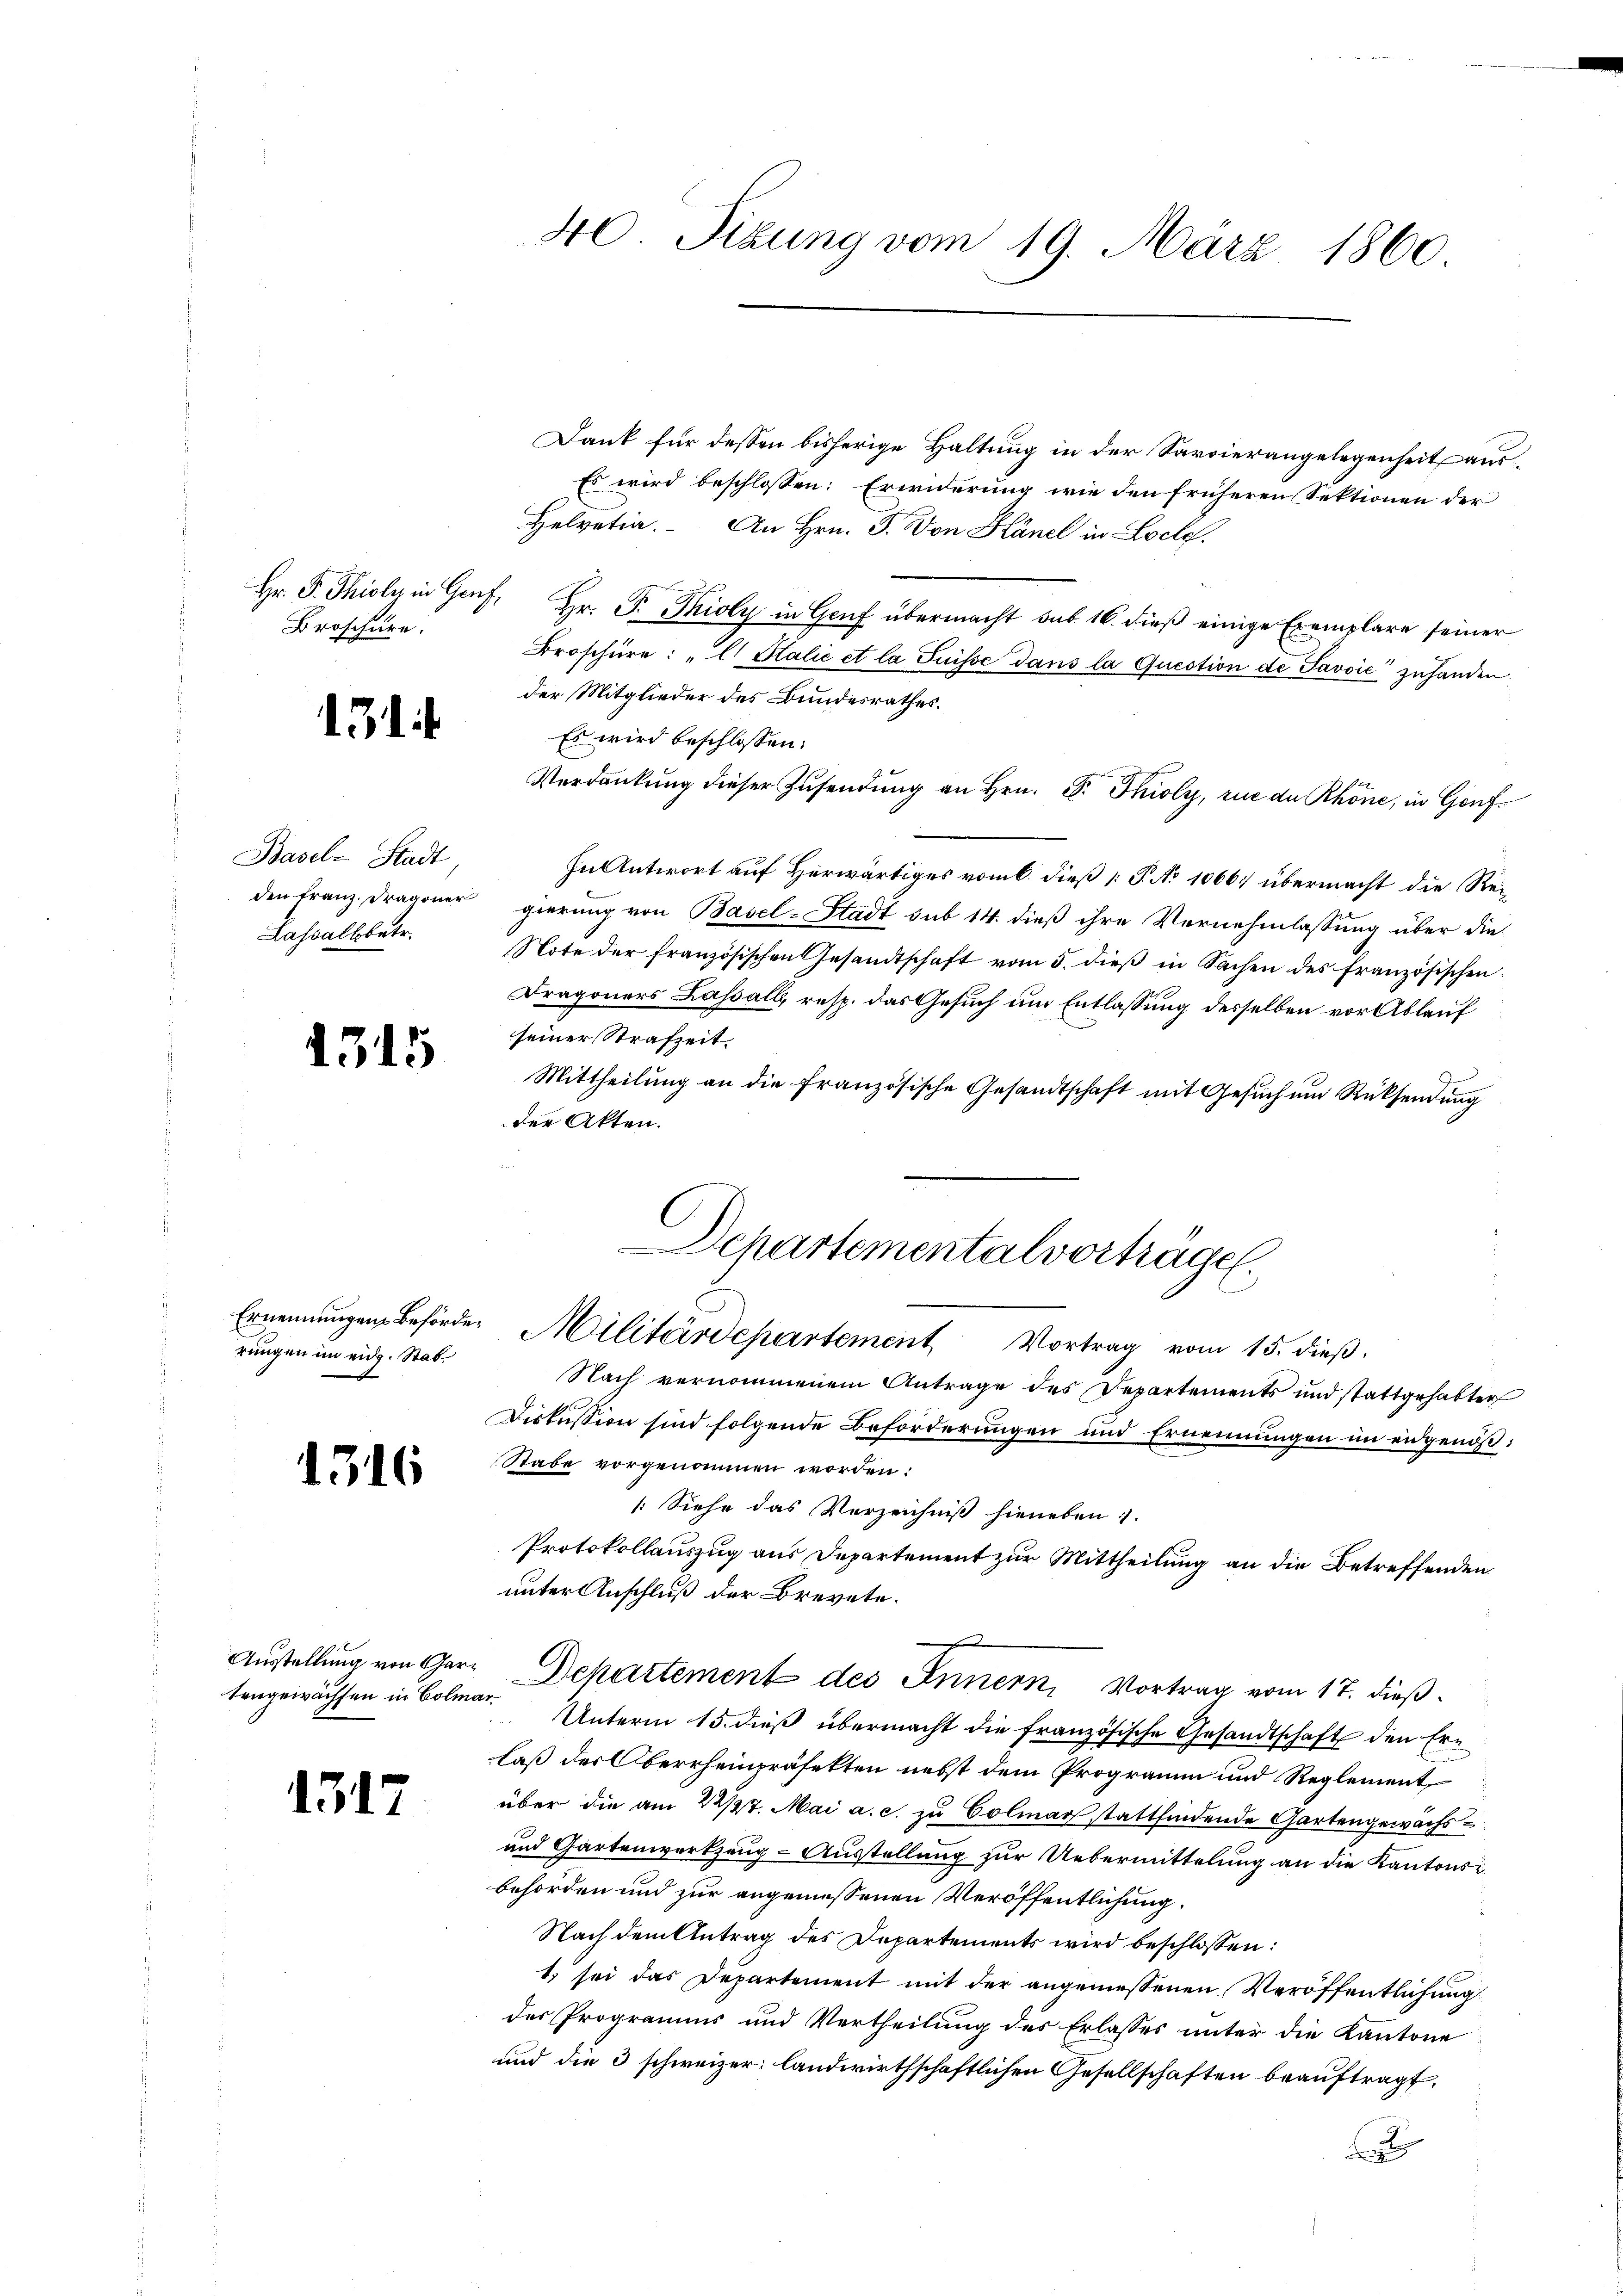
Broschüre.

131

Basel-Stadt
Lassallbetr.

1315

rungen im eidg. Stat¬

1316

Ausstellung von Gartengewächsen in Colma

1317

40 Sizung vom 19. März 1860

Dank für dessen bisherige Haltung in der Sarvierangelegenheit aus¬
Es wird beschlossen: Erwiderung wie den früheren Sektionen der
Helvetia. An Hrn. F. Von Hänel in Loch.
Hr. P. Thioly in Genf, Hr. P. Tkioly in Genf übermacht sub 16. dieß einige Exemplare seiner
Broschüre: "E. Stalie et la Puisse dans la Question de Javvić zuhanden
der Mitglieder des Bundesrathes.
Es wird beschlossen:
Verdankung dieser Zusendung an Hrn. P. Thioly, rue de Rhöne, in Genf¬
In Antwort auf Herwärtiges vom 6. dieß [P. No 1066 übermacht die Reiden franz. Dragoner gierung von Basel-Stadt sub 14. dieß ihre Vernehmlassung über die
Note der französischen Gesandtschaft vom 5. dieß in Sachen des französischen
Dragoners Lassall, resp. das Gesuch um Entlassung desselben vor Ablauf
seiner Strafzeit.
Mittheilŭng an die französische Gesandtschaft mit Gesŭch ŭm Rücksendŭng
der Akten.
Nach vernommenem Antrage des Departements und stattgehabter
Diskussion sind folgende Beförderungen und Ernennungen im eidgenöß¬
Stabe vorgenommen worden:
[Siehe das Verzeichniß hieneben.
Protokollauszug aus Departement zur Mittheilung an die Betreffenden
unter Anschluß der Brevete.
Departement des Innern, Vortrag vom 17. dießer. Unterm 15. dieß übermacht die französische Gesandtschaft den Erlaß der Oberrheinpräfekten nebst dem Programm und Reglement
über die am 22/27. Mai a. c. zu Colmar stattfindende Gartengewächs¬
und Gartenwerkzeug-Ausstellung zur Uebermittelung an die Kantonsbehörden und zur angemessenen Veröffentlichung,
Nach dem Antrag des Departements wird beschlossen:
1. sei das Departement mit der angeniessenen Veröffentlichung
des Programms und Vertheilung des Erlasses unter die Kantone
und die 3 schweizer landwirthschaftlichen Gesellschaften beauftragt.
t

Departementalvorträge.
Ernennungen Behörde. Militärdepartement Vortrag vom 15. dieβ.